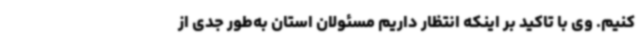
کنیم. وی با تاکید بر اینکه انتظار داریم مسئولان استان به‌طور جدی از